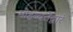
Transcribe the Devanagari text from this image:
मोहब्बतेंद्वारे